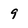
Character: 9